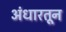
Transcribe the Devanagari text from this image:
अंधारतून